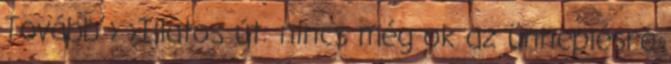
Tovább › ›Illatos út: nincs még ok az ünneplésre